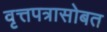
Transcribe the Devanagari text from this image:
वृत्तपत्रासोबत